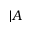
| A